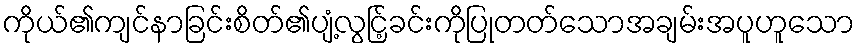
ကိုယ်၏ကျင်နာခြင်းစိတ်၏ပျံ့လွင်ြ့ခင်းကိုပြုတတ်သောအချမ်းအပူဟူသော